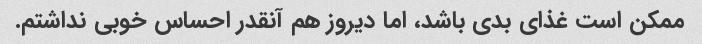
ممکن است غذای بدی باشد، اما دیروز هم آنقدر احساس خوبی نداشتم.